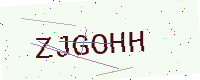
Text: ZJGOHH